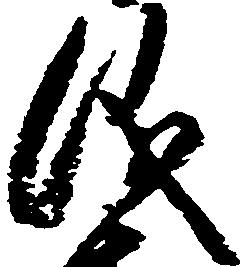
儀